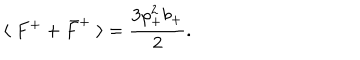
\langle \; F ^ { + } + \bar { F } ^ { + } \; \rangle = { \frac { 3 \rho _ { + } ^ { 2 } b _ { + } } { 2 } } .